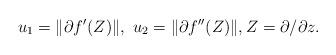
LaTeX: \begin{align*}u_1 =\|\partial f'(Z)\|,\ u_2=\|\partial f''(Z)\|,Z=\partial/\partial z.\end{align*}